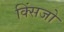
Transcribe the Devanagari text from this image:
क्सिंजो